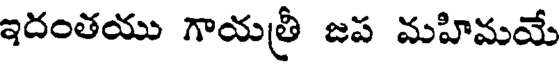
ఇదంతయు గాయత్రీ జప మహిమయే